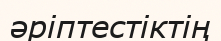
әріптестіктің